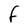
Character: F